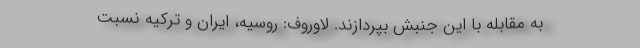
به مقابله با این جنبش بپردازند. لاوروف: روسیه، ایران و ترکیه نسبت